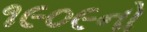
૧૯૦૯નો